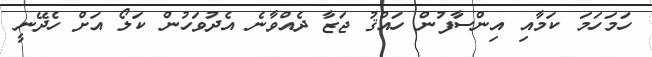
ހަމަހަމަ ކަމާއި އިންސާފުން ހައްޤު ޖަޒާ ދެއްވާނެ އެދުވަހުން ކަލޯ އަށް ހެދޭނީ